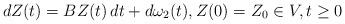
LaTeX: \begin{align*} dZ(t) = BZ(t) \,dt+d\omega_{2}(t),Z(0)=Z_0\in V,t\ge 0 \end{align*}